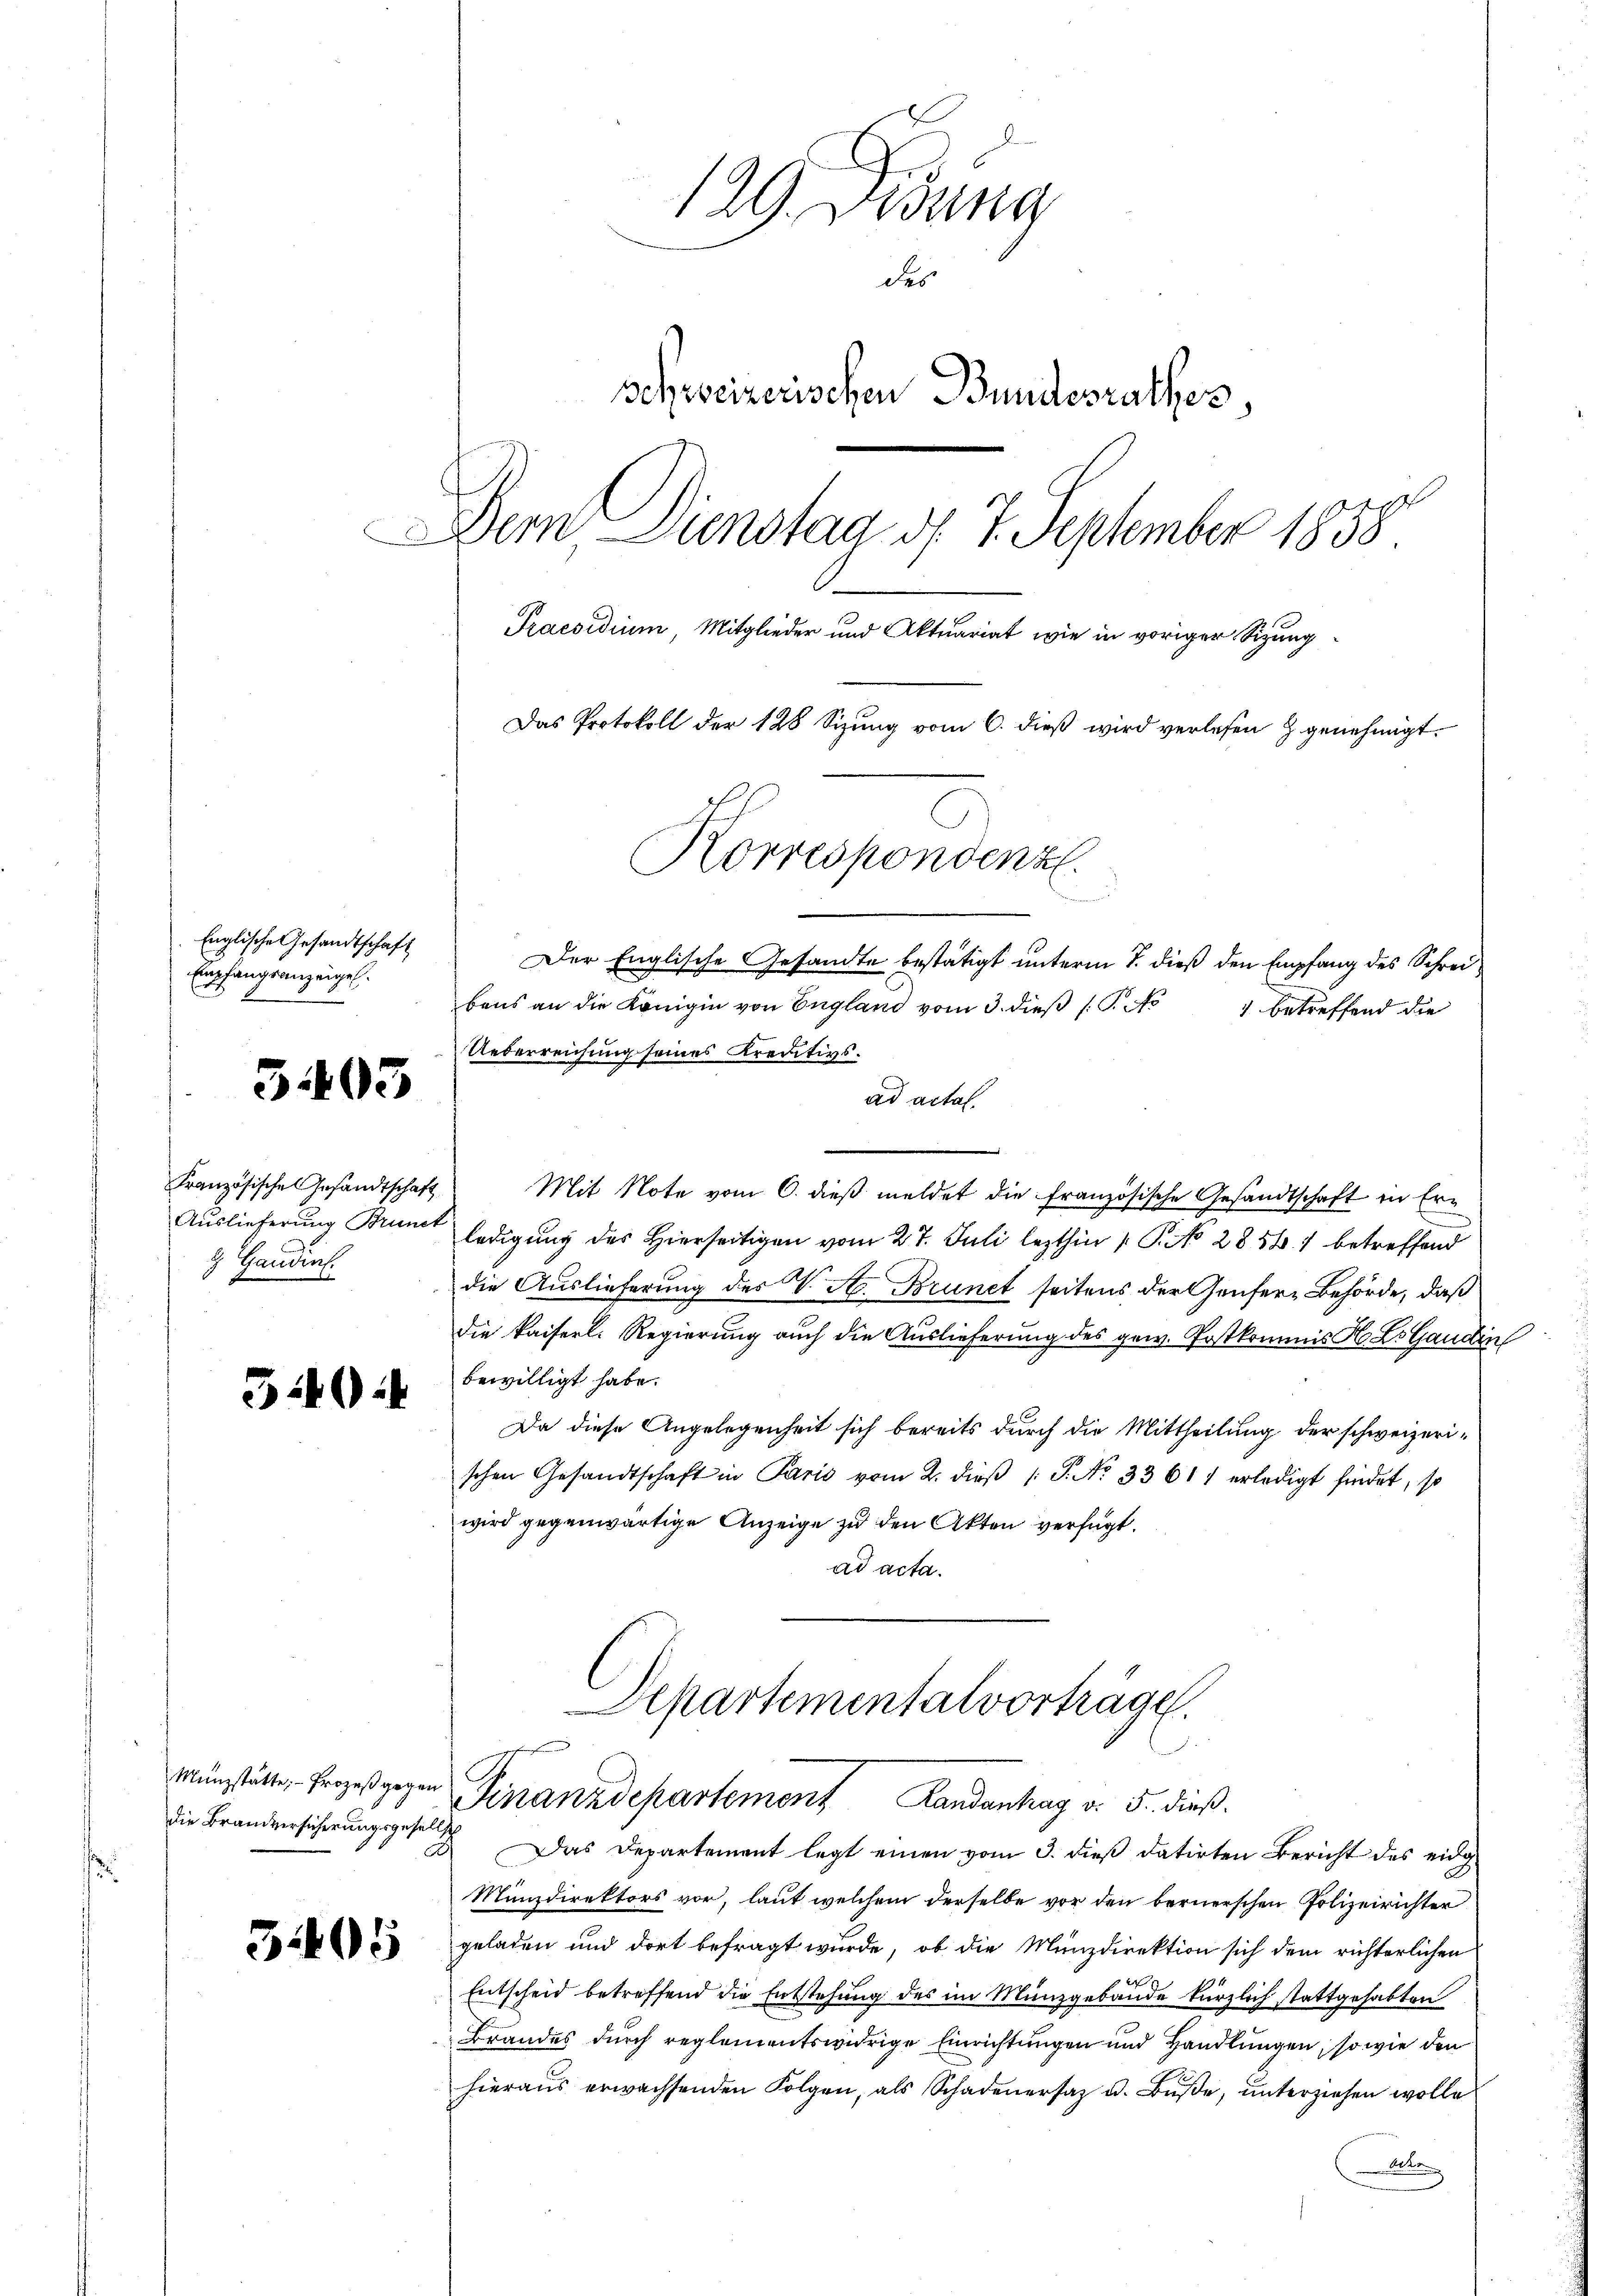
Englische Gesandtschaft
Empfangsanzeigel.

5403

Handins.

540

die Brandversicherungsgesel

32405

129. Jung
des
schweizerischen Bundesrathes,
Dem Dienstag d. 7. September 1858
Praesidium, Mitglieder und Aktuariat wie in voriger Sitzung
Das Protokoll der 128 Sizung vom 6. dieß wird verlesen & genehmigt.
Korrespondenz.

Der Englische Gesandte bestätigt unterm 7. dieß den Empfang des Schreibens an die Königin von England vom 3. dieß P. No
1 betreffend die
Ueberreichung seines Kreditivs.
ad actal.
Französische Gesandtschaft Mit Note vom 6. dieß meldet die Französische Gesandtschaft in Er¬
Auslieferung Brunt ledigŭng des hierseitigen vom 27. Juli lezthin  P. No 2856. 1 betreffend
die Auslieferung des V. A. Brunet seitens der Genfer-Behörde, daß
die kaiserl. Regierung auch die Auslieferung des gew. Postkommis H. L. Ganden
bewilligt habe.
Da diese Angelegenheit sich bereits durch die Mittheilung der schweizerischen Gesandtschaft in Paris vom 2. dieβ (: P. Nr. 33611 erledigt findet, so
wird gegenwärtige Anzeige zu den Akten verfügt.
ad acta.

Departementalvorträge.
Münstätte, Prozeß gegen Finanzdepartement Landanhag v. 5. dieß.

2
Das Departement legt einen vom 3. dieß datirten Bericht des eidg
Münzdirektors vor, laut welchem derselbe vor den bernerschen Polizeirichter
geladen und dort befragt wurde, ob die Münzdirektion sich dem richterlichen
e
Entscheid betreffend die Entstehung des im Münzgebäude kürzlich stattgehabten
Brandes durch reglementswidrige Einrichtungen und Handlungen, so wie den
hieraŭs erwachsenden Folgen, als Schadenersaz u. Bŭβe, ŭnterziehen wolle
Alte